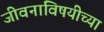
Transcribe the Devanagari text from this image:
जीवनाविषयीच्या